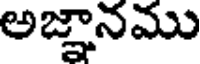
అజ్ఞానము